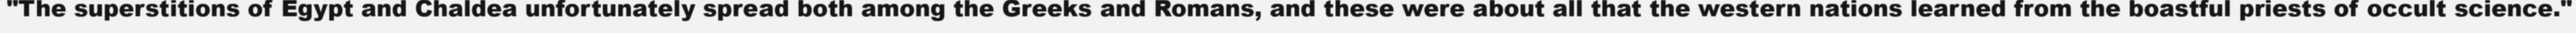
"The superstitions of Egypt and Chaldea unfortunately spread both among the Greeks and Romans, and these were about all that the western nations learned from the boastful priests of occult science."